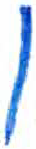
אות: ן